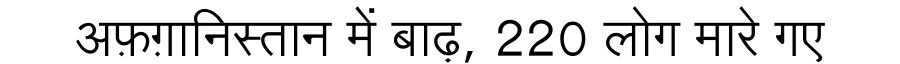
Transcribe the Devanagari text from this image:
अफ़ग़ानिस्तान में बाढ़, 220 लोग मारे गए